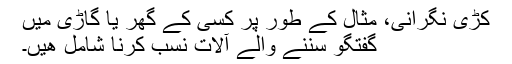
کڑی نگرانی، مثال کے طور پر کسی کے گھر يا گاڑی ميں
گفتگو سننے والے آلات نسب کرنا شامل ھيں۔